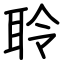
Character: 聆